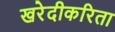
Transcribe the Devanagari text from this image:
खरेदीकरिता